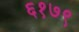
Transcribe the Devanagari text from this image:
६१७९